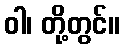
ဝါ၊ တို့တွင်။